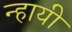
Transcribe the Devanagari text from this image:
न्हायी